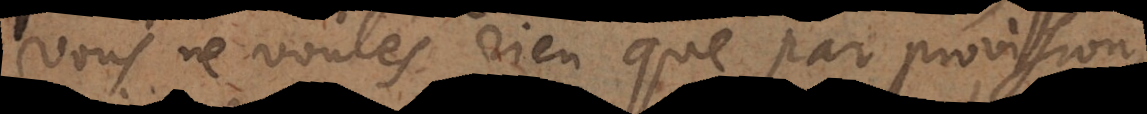
vous ne voulés rien que par provision